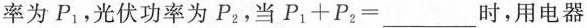
率为$$P_{1}$$，光伏功率为P_{2}，当$$P _ { 1 } + P _ { 2 } =$$___时，用电器